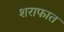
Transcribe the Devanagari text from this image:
शराफात